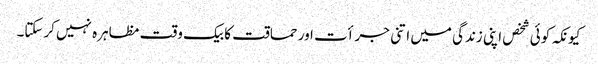
کیونکہ کوئی شخص اپنی زندگی میں اتنی جرأت اور حماقت کا بیک وقت مظاہرہ نہیں کرسکتا۔